Vaccination in Bombay 1924-1928 - 1924-1928
Year: 1924
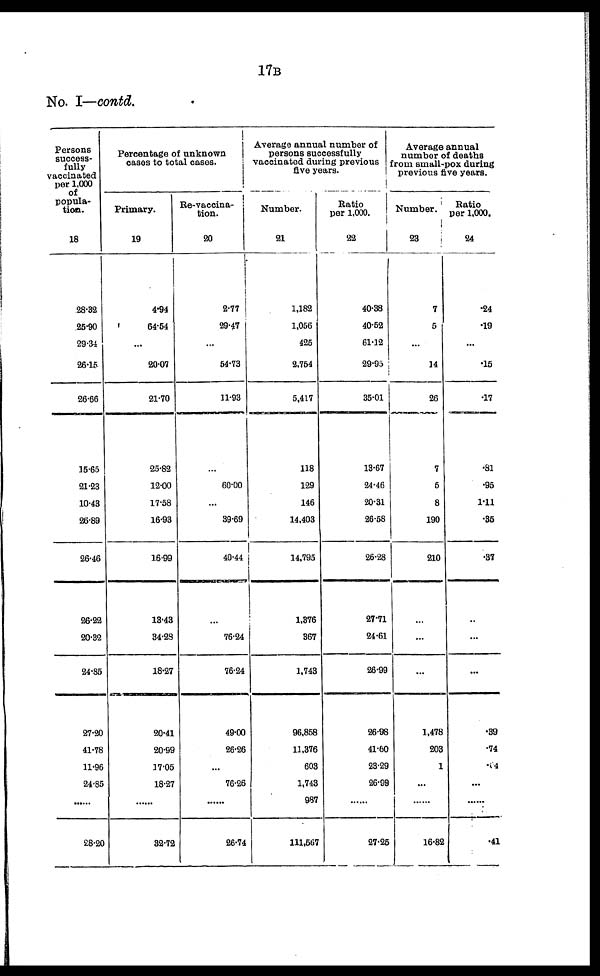
17B
No. I—contd.
Persons
success-
fully
vaccinated
per 1,000
of
popula-
tion.
18
28.32
25.90
29.34
26.15
26.66
15.65
21.23
10.43
26.89
26.46
26.22
20.32
24.85
27.20
41.78
11.96
24.85
......
28.20
Percentage of unknown
cases to total cases.
Primary.
19
4.94
64.54
...
20.07
21.70
25.82
12.00
17.58
16.93
16.99
13.43
34.23
18.27
20.41
20.99
17.05
18.27
......
32.72
Re-vaccina¬
tion.
20
2.77
29.47
...
54.73
11.93
...
60.00
...
39.69
40.44
...
76.24
76.24
49.00
26.26
...
76.26
......
26.74
Average annual number of
persons successfully
vaccinated during previous
five years.
Number.
21
1,182
1,056
425
2,754
5,417
118
129
146
14,403
14,795
1,376
367
1,743
96,858
11,376
603
1,743
987
111,567
Ratio
per 1,000.
22
40.38
40.52
61.12
29.95
35.01
13.67
24.46
20.31
26.58
26.28
27.71
24.61
26.99
26.98
41.60
23.29
26.99
......
27.25
Average annual
number of deaths
from small-pox during
previous five years.
Number.
23
7
5
...
14
26
7
6
8
190
210
...
...
...
1,478
203
1
...
......
16.82
Ratio
per 1,000.
24
.24
.19
...
.15
.17
.81
.95
1.11
.35
.37
...
...
...
.39
.74
.04
...
......
.41